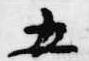
五